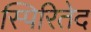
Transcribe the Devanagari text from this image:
स्पिरितेद